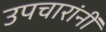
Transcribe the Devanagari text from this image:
उपचारांनीं